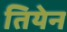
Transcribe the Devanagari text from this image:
तियेन